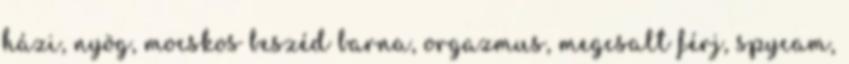
házi, nyög, mocskos beszéd barna, orgazmus, megcsalt férj, spycam,